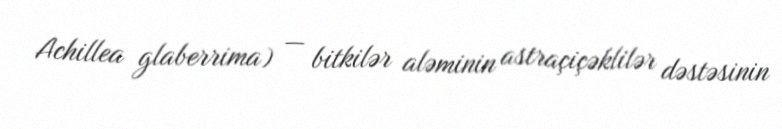
Achillea glaberrima) — bitkilər aləminin astraçiçəklilər dəstəsinin